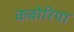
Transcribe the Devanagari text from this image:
कबोरिया